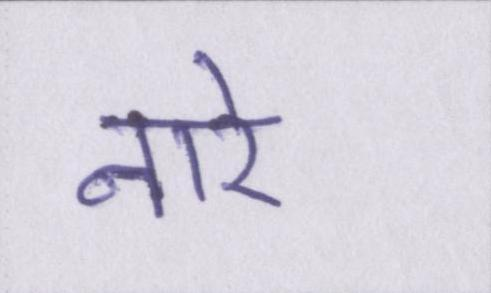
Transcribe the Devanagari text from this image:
नारे